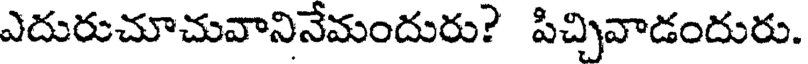
ఎదురుచూచువానినేమందురు? పిచ్చివాడందురు.